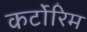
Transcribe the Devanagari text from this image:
कर्टोरिम